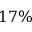
1 7 \%